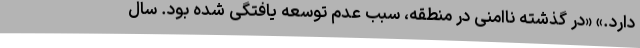
دارد.» «در گذشته ناامنی در منطقه، سبب عدم توسعه یافتگی شده بود. سال